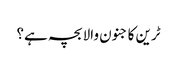
ٹرین کا جنون والا بچہ ہے؟